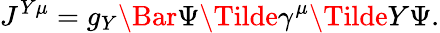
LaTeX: J^{Y\mu}=g_{Y}\Bar{\Psi}\Tilde{\gamma}^{\mu}\Tilde{Y}\Psi.